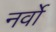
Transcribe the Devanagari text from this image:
नर्वो